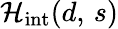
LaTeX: {\mathcal{H}}_{\mathrm{int}}(d,\, s)